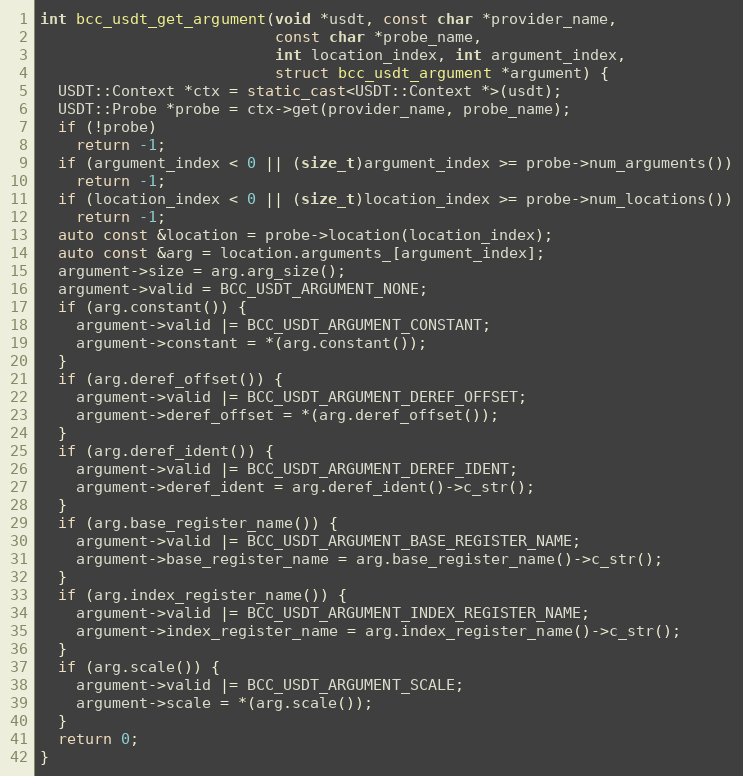
Language: C++
int bcc_usdt_get_argument(void *usdt, const char *provider_name,
                          const char *probe_name,
                          int location_index, int argument_index,
                          struct bcc_usdt_argument *argument) {
  USDT::Context *ctx = static_cast<USDT::Context *>(usdt);
  USDT::Probe *probe = ctx->get(provider_name, probe_name);
  if (!probe)
    return -1;
  if (argument_index < 0 || (size_t)argument_index >= probe->num_arguments())
    return -1;
  if (location_index < 0 || (size_t)location_index >= probe->num_locations())
    return -1;
  auto const &location = probe->location(location_index);
  auto const &arg = location.arguments_[argument_index];
  argument->size = arg.arg_size();
  argument->valid = BCC_USDT_ARGUMENT_NONE;
  if (arg.constant()) {
    argument->valid |= BCC_USDT_ARGUMENT_CONSTANT;
    argument->constant = *(arg.constant());
  }
  if (arg.deref_offset()) {
    argument->valid |= BCC_USDT_ARGUMENT_DEREF_OFFSET;
    argument->deref_offset = *(arg.deref_offset());
  }
  if (arg.deref_ident()) {
    argument->valid |= BCC_USDT_ARGUMENT_DEREF_IDENT;
    argument->deref_ident = arg.deref_ident()->c_str();
  }
  if (arg.base_register_name()) {
    argument->valid |= BCC_USDT_ARGUMENT_BASE_REGISTER_NAME;
    argument->base_register_name = arg.base_register_name()->c_str();
  }
  if (arg.index_register_name()) {
    argument->valid |= BCC_USDT_ARGUMENT_INDEX_REGISTER_NAME;
    argument->index_register_name = arg.index_register_name()->c_str();
  }
  if (arg.scale()) {
    argument->valid |= BCC_USDT_ARGUMENT_SCALE;
    argument->scale = *(arg.scale());
  }
  return 0;
}